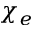
\chi _ { e }